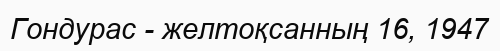
Гондурас - желтоқсанның 16, 1947